Annual report on the Civil Veterinary Department, Burma (including the Insein Veterinary School) - 1932-1941
Year: 1932
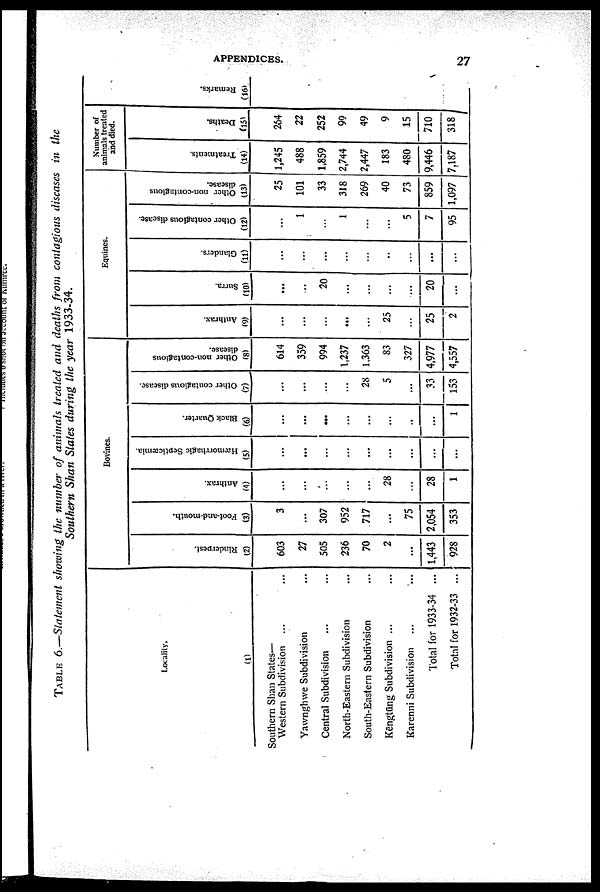
APPENDICES.
27
TABLE 6.—Statement showing the number of animals treated and deaths from contagions diseases in the
Southern Shan States during the year 1933-34.
Locality.
(1)
Southern Shan States—
Western Subdivision ... ...
Yawnghwe Subdivision ...
Central Subdivision ... ...
North-Eastern Subdivision ...
South-Eastern Subdivision ...
Kēngtūng Subdivision ... ...
Karenni Subdivision ... ...
Total for 1933-34 ...
Total for 1932-33 ...
Bovines.
Rinderpest.
(2)
603
27
505
236
70
2
...
1,443
928
Foot-and-mouth.
(3)
3
...
307
952
717
...
75
2,054
353
Anthrax.
(4)
...
...
...
...
...
28
...
28
1
Hæmorrhagic Septicæmia.
(5)
...
...
...
...
...
...
...
...
...
Black Quarter.
(6)
...
...
...
...
...
...
..
...
1
Other contagious disease.
(7)
...
...
...
...
28
5
...
33
153
Other non-contagious
disease.
(8)
614
359
994
1,237
1,363
83
327
4,977
4,557
Equines.
Anthrax.
(9)
...
...
...
...
...
25
...
25
2
Surra.
(10)
...
...
20
...
...
...
...
20
...
Glanders.
(11)
...
...
...
...
...
...
...
...
...
Other contagious disease.
(12)
...
1
...
1
...
...
5
7
95
Other non-contagious
disease.
(13)
25
101
33
318
269
40
73
859
1,097
Number of
animals treated
and died.
Treatments.
(14)
1,245
488
1,859
2,744
2,447
183
480
9,446
7187
Deaths.
(15)
264
22
252
99
49
9
15
710
318
Re ma r
ks .
(16)